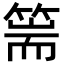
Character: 篅